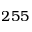
2 5 5